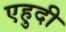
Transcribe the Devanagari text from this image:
एहुदी